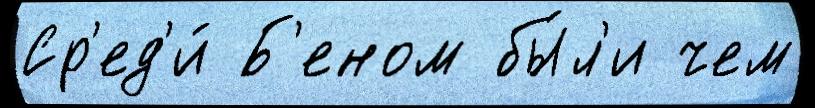
Ср'ед'и́ Б'еном бы́л'и чем